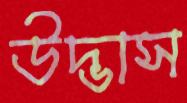
উদ্ভাস